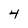
Character: 4